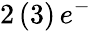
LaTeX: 2\, (3)\, e^{-}